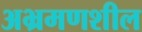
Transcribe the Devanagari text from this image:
अभ्रमणशील